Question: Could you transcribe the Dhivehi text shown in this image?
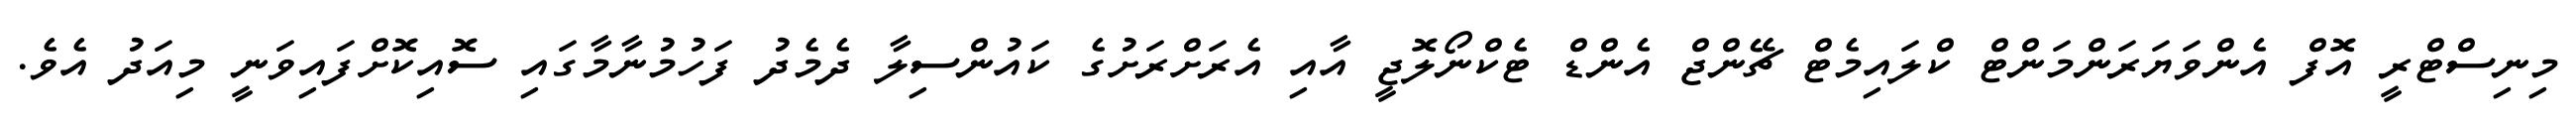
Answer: މިނިސްޓްރީ އޮފް އެންވަޔަރަންމަންޓް ކްލައިމެޓް ޗޭންޖް އެންޑް ޓެކްނޯލޮޖީ އާއި އެރަށްރަށުގެ ކައުންސިލާ ދެމެދު ފަހުމުނާމާގައި ސޮއިކޮށްފައިވަނީ މިއަދު އެވެ.